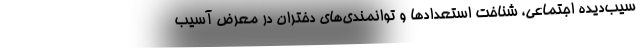
سیب‌دیده اجتماعی، شناخت استعدادها و توانمندی‌های دختران در معرض آسیب